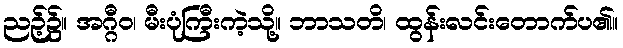
ညဉ့်၌။ အဂ္ဂီဝ၊ မီးပုံကြီးကဲ့သို့။ ဘာသတိ၊ ထွန်းလင်းတောက်ပ၏။